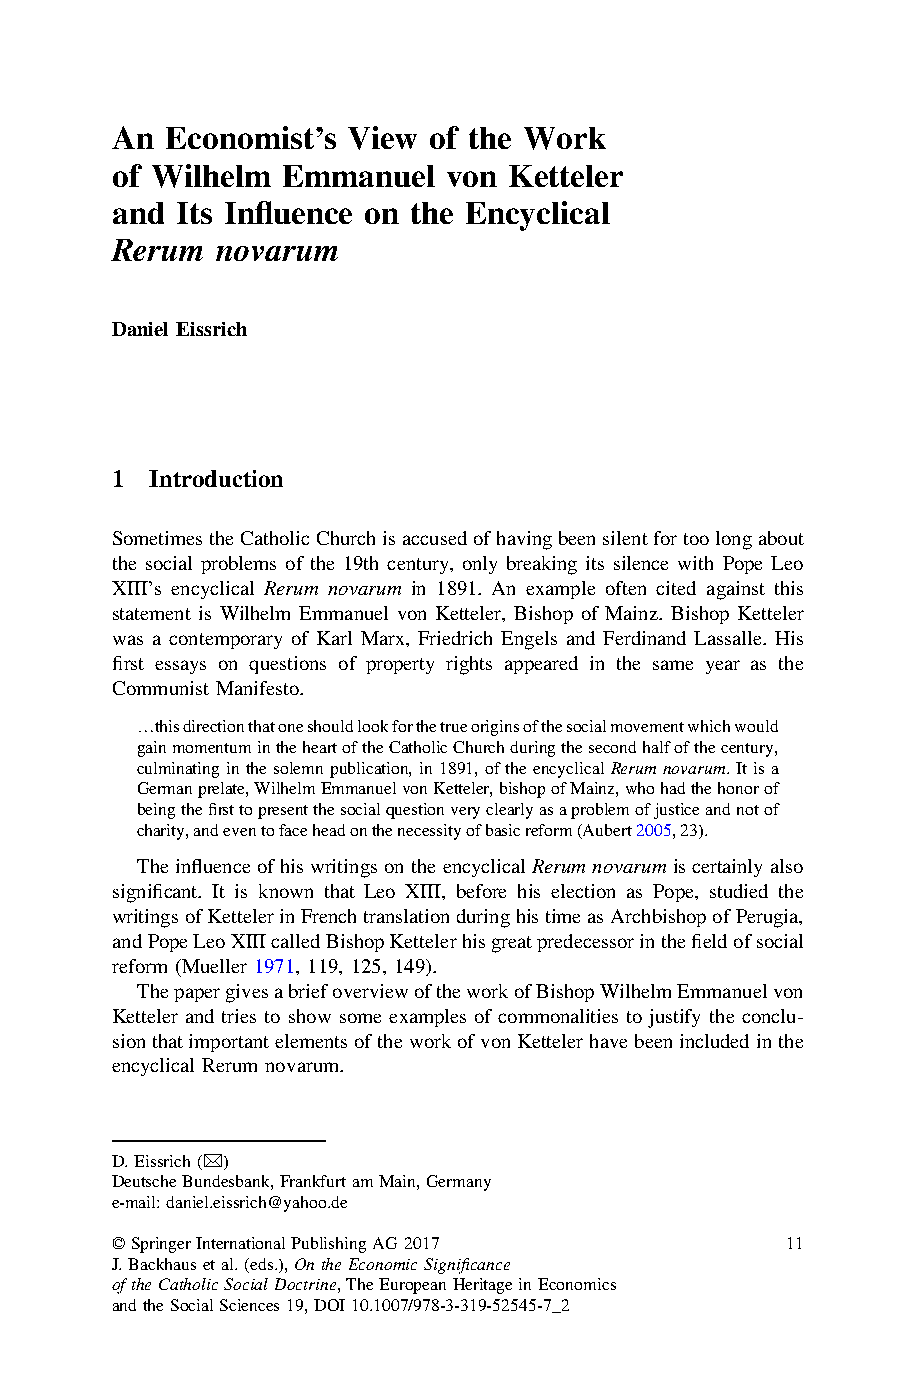
’
 An  Economist s View of the Work
 of Wilhelm  Emmanuel   von Ketteler
 fl
 and  Its In uence on the Encyclical
 Rerum  novarum
 Daniel Eissrich
 1  Introduction
 SometimestheCatholicChurchisaccusedofhavingbeensilentfortoolongabout
 the social problems of the 19th century, only breaking its silence with Pope Leo
 XIII’s encyclical Rerum novarum in 1891. An example often cited against this
 statement is Wilhelm Emmanuel von Ketteler, Bishop of Mainz. Bishop Ketteler
 was a contemporary of Karl Marx, Friedrich Engels and Ferdinand Lassalle. His
 first essays on questions of property rights appeared in the same year as the
 Communist Manifesto.
 …thisdirectionthatoneshouldlookforthetrueoriginsofthesocialmovementwhichwould
 gainmomentumintheheartoftheCatholicChurchduringthesecondhalfofthecentury,
 culminatingin thesolemnpublication, in1891,oftheencyclical Rerumnovarum.Itisa
 Germanprelate,WilhelmEmmanuelvonKetteler,bishopofMainz,whohadthehonorof
 beingthefirsttopresentthesocialquestionveryclearlyasaproblemofjusticeandnotof
 charity,andeventofaceheadonthenecessityofbasicreform(Aubert2005,23).
 Theinfluenceofhis writings ontheencyclical Rerumnovarumiscertainlyalso
 significant. It is known that Leo XIII, before his election as Pope, studied the
 writingsofKettelerinFrenchtranslationduringhistimeasArchbishopofPerugia,
 andPopeLeoXIIIcalledBishopKettelerhisgreatpredecessorinthefieldofsocial
 reform (Mueller 1971, 119, 125, 149).
 ThepapergivesabriefoverviewoftheworkofBishopWilhelmEmmanuelvon
 Ketteler and tries to show some examples of commonalities to justify the conclu-
 sionthatimportantelementsoftheworkofvonKettelerhavebeenincludedinthe
 encyclical Rerum novarum.
 D.Eissrich(&)
 DeutscheBundesbank,FrankfurtamMain,Germany
 e-mail:daniel.eissrich@yahoo.de
 ©SpringerInternationalPublishingAG2017       11
 J.Backhausetal.(eds.),OntheEconomicSignificance
 oftheCatholicSocialDoctrine,TheEuropeanHeritageinEconomics
 andtheSocialSciences19,DOI10.1007/978-3-319-52545-7_2